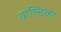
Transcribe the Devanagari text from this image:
बाल्टिका